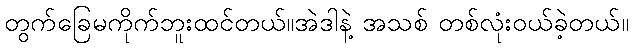
တွက်ခြေမကိုက်ဘူးထင်တယ်။အဲဒါနဲ့ အသစ် တစ်လုံးဝယ်ခဲ့တယ်။